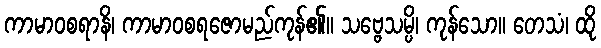
ကာမာဝစရာနိ၊ ကာမာဝစရဇောမည်ကုန်၏။ သဗ္ဗေသမ္ပိ၊ ကုန်သော။ တေသံ၊ ထို